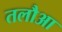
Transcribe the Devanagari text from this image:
तलौआ